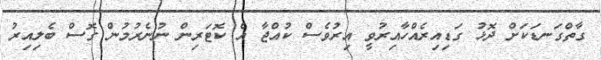
ގާތްގަނޑަކަށް ދޮޅު ގަޑިއިރެއްހާއިރުވީ އިރުވެސް ކުއްޖާ އެ ކޮޓަރިން ނުނެރުމުން ގޮސް ބެލިއިރު